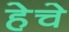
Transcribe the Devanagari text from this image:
हेचे